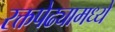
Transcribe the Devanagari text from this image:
रक्तपेढ्यामध्ये